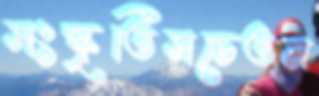
সংস্কৃতিসচেতন